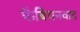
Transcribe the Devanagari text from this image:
फैबियनवाद